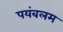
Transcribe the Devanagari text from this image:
पयंबलम